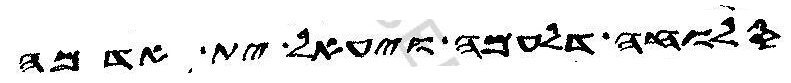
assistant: סלוחה דלעמה ויעאל ית אדמה